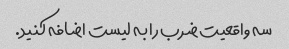
سه واقعیت ضرب را به لیست اضافه کنید.